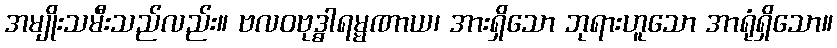
အမျိုးသမီးသည်လည်း။ ဗလဝဗုဒ္ဓါရမ္မဏာယ၊ အားရှိသော ဘုရားဟူသော အာရုံရှိသော။